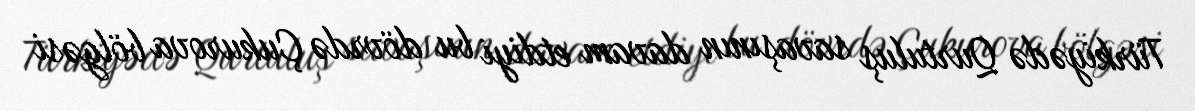
Türkiyədə Qurtuluş savaşının davam etdiyi bu dövrdə Çukurova bölgəsi